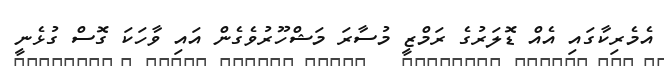
އެމެރިކާގައި އެއް ޑޮލަރުގެ ރަމްޒީ މުސާރަ މަޝްހޫރުވެގެން އައި ވާހަކަ ގޮސް ގުޅެނީ